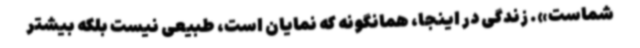
شماست». زندگی در اینجا، همانگونه که نمایان است، طبیعی نیست بلکه بیشتر